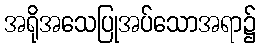
အရိုအသေပြုအပ်သောအရာ၌